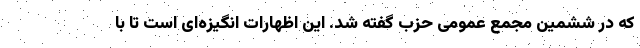
که در ششمین مجمع عمومی حزب گفته شد. این اظهارات انگیزه‌ای است تا با